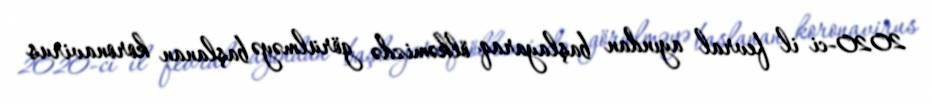
2020-ci il fevral ayından başlayaraq ölkəmizdə görülməyə başlanan koronavirus